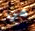
هي